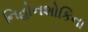
નિહોનશોકિના